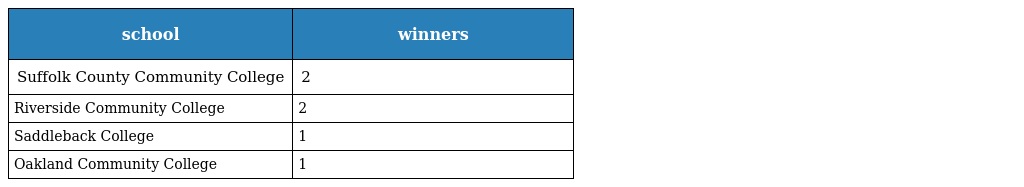
| school | winners |
 | --- | --- |
 | Suffolk County Community College | 2 |
 | Riverside Community College | 2 |
 | Saddleback College | 1 |
 | Oakland Community College | 1 |